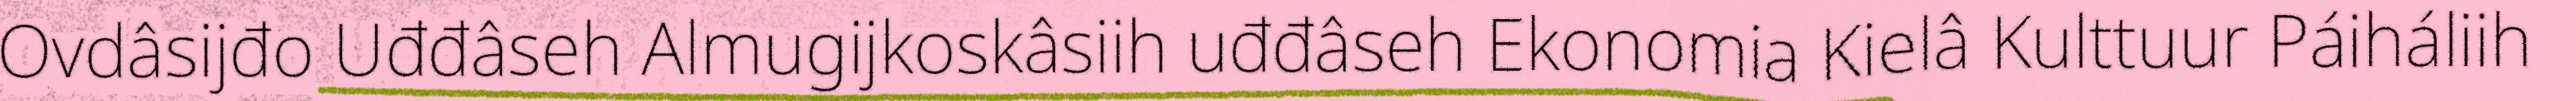
Ovdâsijđo Uđđâseh Almugijkoskâsiih uđđâseh Ekonomia Kielâ Kulttuur Páiháliih